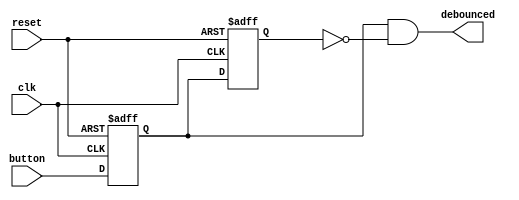

module debounce(button,clk,reset,debounced);

	input button,clk,reset;
	output debounced;
	
	//wire debounced; //check if wire is needed or not

	reg dff1;// = 1'b0;
	reg dff2;// = 1'b0;

	always @ (posedge clk, negedge reset)
	begin
		if(reset==0)
			{dff2,dff1} <= 2'b00;
		else 
			{dff2,dff1} <= {dff1,button};
	end

	assign debounced = (dff1&~dff2);
	
endmodule




/*
// Button debouncer code

module debounce(button, clk, reset, debounced);

	input button;
	input clk, reset;
	output debounced;
	
	reg q1, q2;
		
	// Flip flop 1
	always @ (posedge clk or negedge reset)
	begin
		if (reset==0) //if reset button pressed
		begin
				q1 <= 1'b0;
				q2 <= 1'b0;
		end
		
		else 
		begin
			q1 <= button;
			q2 <= q1;
		end
		
	end
	

	// Flip flop 2
	always @ (posedge clk or negedge reset)
	begin
		if (reset==0) //if reset button pressed
			q2 <= 1'b0;
			
		else //if button pressed
			q2 <= q1;
			
	end


	assign debounced = q1 & ~q2;

endmodule
*/